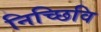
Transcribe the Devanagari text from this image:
निच्छिवि